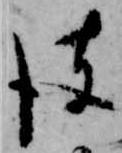
彼